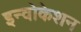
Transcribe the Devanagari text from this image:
इन्वोकेशन